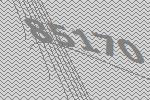
85170